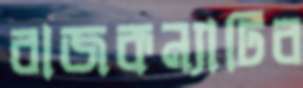
রাজকন্যাটির